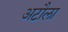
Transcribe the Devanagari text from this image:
अटौला